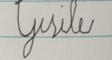
Signature authenticity: forged